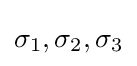
\sigma _{1},\sigma _{2},\sigma _{3}